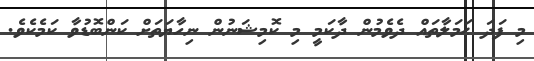
މި ފަދަ ޙަމަލާތައް ދެވެމުން ދާކަމީ މި ކޮމިޝަނުން ނިހާޔަތަށް ކަންބޮޑުވާ ކަމެކެވެ.